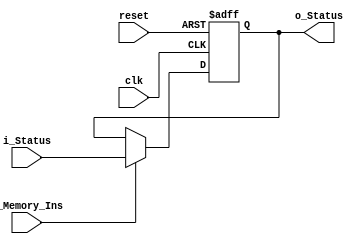
module status_register (
    clk, 
    reset,
    i_Memory_Ins,
    i_Status,
    o_Status
    );

    input clk; 
    input reset;
    input i_Memory_Ins;
    input [3:0] i_Status;

    output reg [3:0] o_Status;
    
    always@(negedge clk, posedge reset)  begin
        if (reset) 
            o_Status <= 0;

        else if (i_Memory_Ins) 
            o_Status <= i_Status;

        else 
            o_Status <= o_Status;
    end
    
endmodule